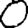
Digit: 0